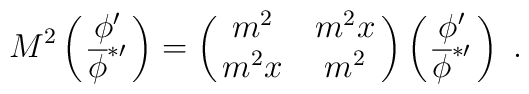
M^2 \pmatrix{\phi' \cr {\overline{\phi}}^{*\prime}\cr} =  \pmatrix{ m^2 & m^2x \cr m^2x & m^2} \pmatrix{\phi' \cr {\overline{\phi}}^{*\prime}\cr} \ .